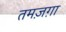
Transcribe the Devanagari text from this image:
तमज़ग़ा